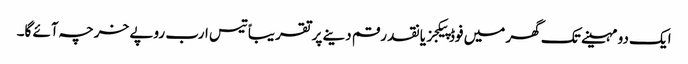
ایک دو مہینے تک گھر میں فوڈ پیکجز یا نقد رقم دینے پر تقریباً تیس ارب روپے خرچہ آئے گا۔